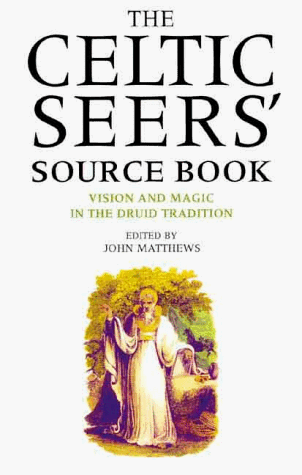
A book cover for The Celtic Seers' Source Book: Vision and Magic in the Druid Tradition; Religion & Spirituality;